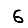
Digit: 6